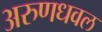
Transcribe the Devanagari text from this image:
अरुणधवल